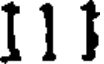
111